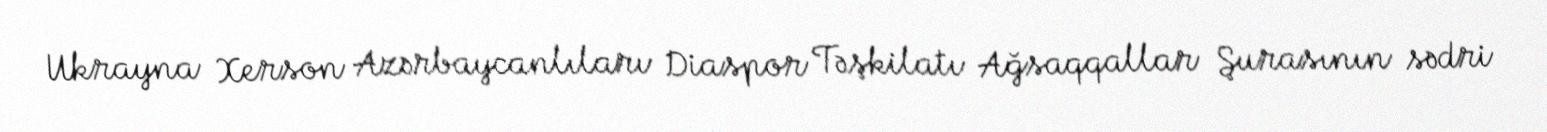
Ukrayna Xerson Azərbaycanlıları Diaspor Təşkilatı Ağsaqqallar Şurasının sədri